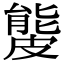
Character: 𥀍